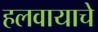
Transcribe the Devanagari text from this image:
हलवायाचे